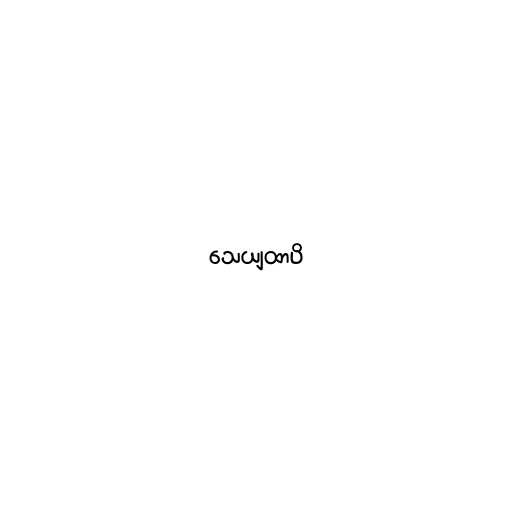
သေယျထာပိ